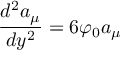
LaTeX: \frac { d ^ { 2 } a _ { \mu } } { d y ^ { 2 } } = 6 \varphi _ { 0 } a _ { \mu }